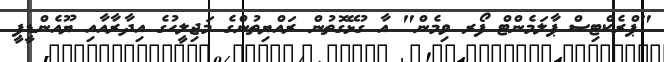
"ޕްރެކްޓިސް ޕާލަމެންޓް ފޯރ ވިމެން" އާ ގުޅޭގޮތުން ރައްޔިތުންގެ މަޖިލީހުގެ އިދާރާއާއި ޔޫއެންޑީޕީ